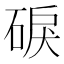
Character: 𥓎